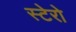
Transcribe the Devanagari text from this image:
स्टेरो